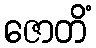
ဇောတိံ